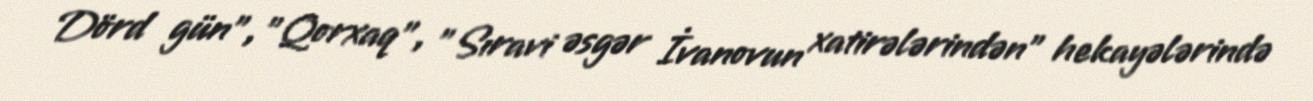
Dörd gün", "Qorxaq", "Sıravi əsgər İvanovun xatirələrindən" hekayələrində